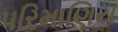
પરિમાણિય